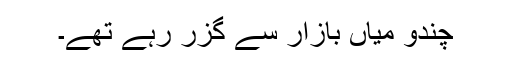
چندو میاں بازار سے گزر رہے تھے۔